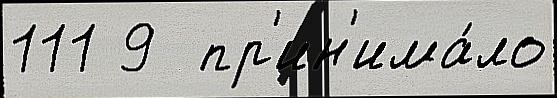
111 9  пр'ин'има́ло